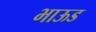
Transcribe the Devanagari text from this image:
भाऊड